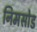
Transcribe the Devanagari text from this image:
निमसोड